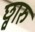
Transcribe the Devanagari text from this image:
छ्वारु